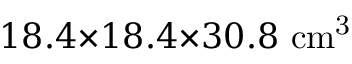
1 8 . 4 { \times } 1 8 . 4 { \times } 3 0 . 8 ~ \mathrm { c m ^ { 3 } }